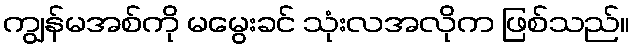
ကျွန်မအစ်ကို မမွေးခင် သုံးလအလိုက ဖြစ်သည်။